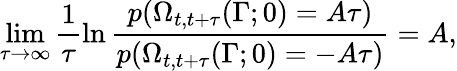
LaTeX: \operatorname*{lim}_{\tau\rightarrow\infty}\frac{1}{\tau}\ln\frac{p(\Omega_{t,t+\tau}(\Gamma;0)=A\tau)}{p(\Omega_{t,t+\tau}(\Gamma;0)=-A\tau)}=A,